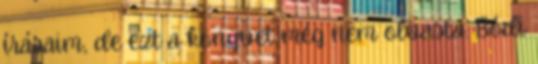
írásaim, de ezt a könyvet még nem olvasta. Bódi